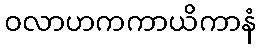
ဝလာဟကကာယိကာနံ